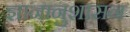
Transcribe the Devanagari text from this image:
ज्ञानानुशासन